Leaving Certificate Examination, 1922
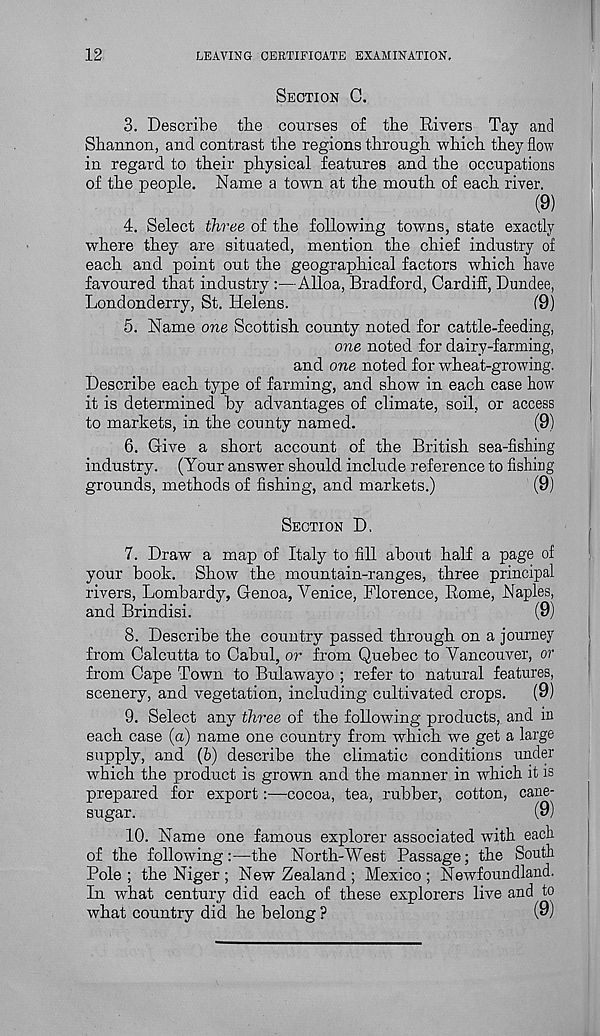
12
LEAVING CERTIFICATE EXAMINATION.
SECTION C.
3. Describe tbe courses of the Rivers Tay and
Shannon, and contrast the regions through which they flow
in regard to their physical features and the occupations
of the people. Name a town at the mouth of each river.
(9)
4. Select three of the following towns, state exactly
where they are situated, mention the chief industry of
each and point out the geographical factors which have
favoured that industry :—Alloa, Bradford, Cardiff, Dundee,
Londonderry, St. Helens.
f9)
5. Name one Scottish county noted for cattle-feeding,
one noted for dairy-farming,
and one noted for wheat-growing.
Describe each type of farming, and show in each case how
it is determined by advantages of climate, soil, or access
to markets, in the county named.
(9)
6. Give a short account of the British sea-fishing
industry. (Your answer should include reference to fishing
grounds, methods of fishing, and markets.)
(9)
SECTION D,
7. Draw a map of Italy to fill about half a page of
your book. Show the mountain-ranges, three principal
rivers, Lombardy, Genoa, Venice, Florence, Rome, Naples,
and Brindisi.
(9)
8. Describe the country passed through on a journey
from Calcutta to Cabul, or from Quebec to Vancouver, or
from Cape Town to Bulawayo ; refer to natural features,
scenery, and vegetation, including cultivated crops.
(9)
9. Select any three of the following products, and in
each case (a) name one country from which we get a large
supply, and (6) describe the climatic conditions under
which the product is grown and the manner in which it is
prepared for export:—cocoa, tea, rubber, cotton, cane-
sugar.
(9)
10. Name one famous explorer associated with each
of the following:—the North-West Passage; the South
Pole ; the Niger ; New Zealand ; Mexico ; Newfoundland.
In what century did each of these explorers live and to
what country did he belong ?
(9)